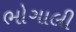
ભોગાલી